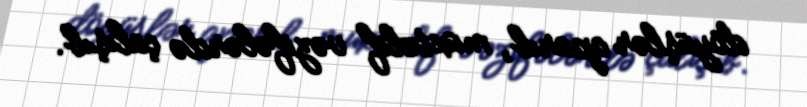
döyüşlər aparıb, müxtəlif vəzifələrdə çalışıb.